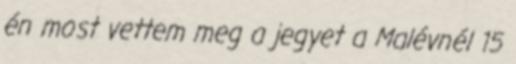
én most vettem meg a jegyet a Malévnél 15